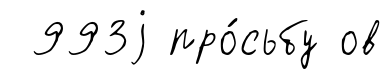
993j про́сьбу ов